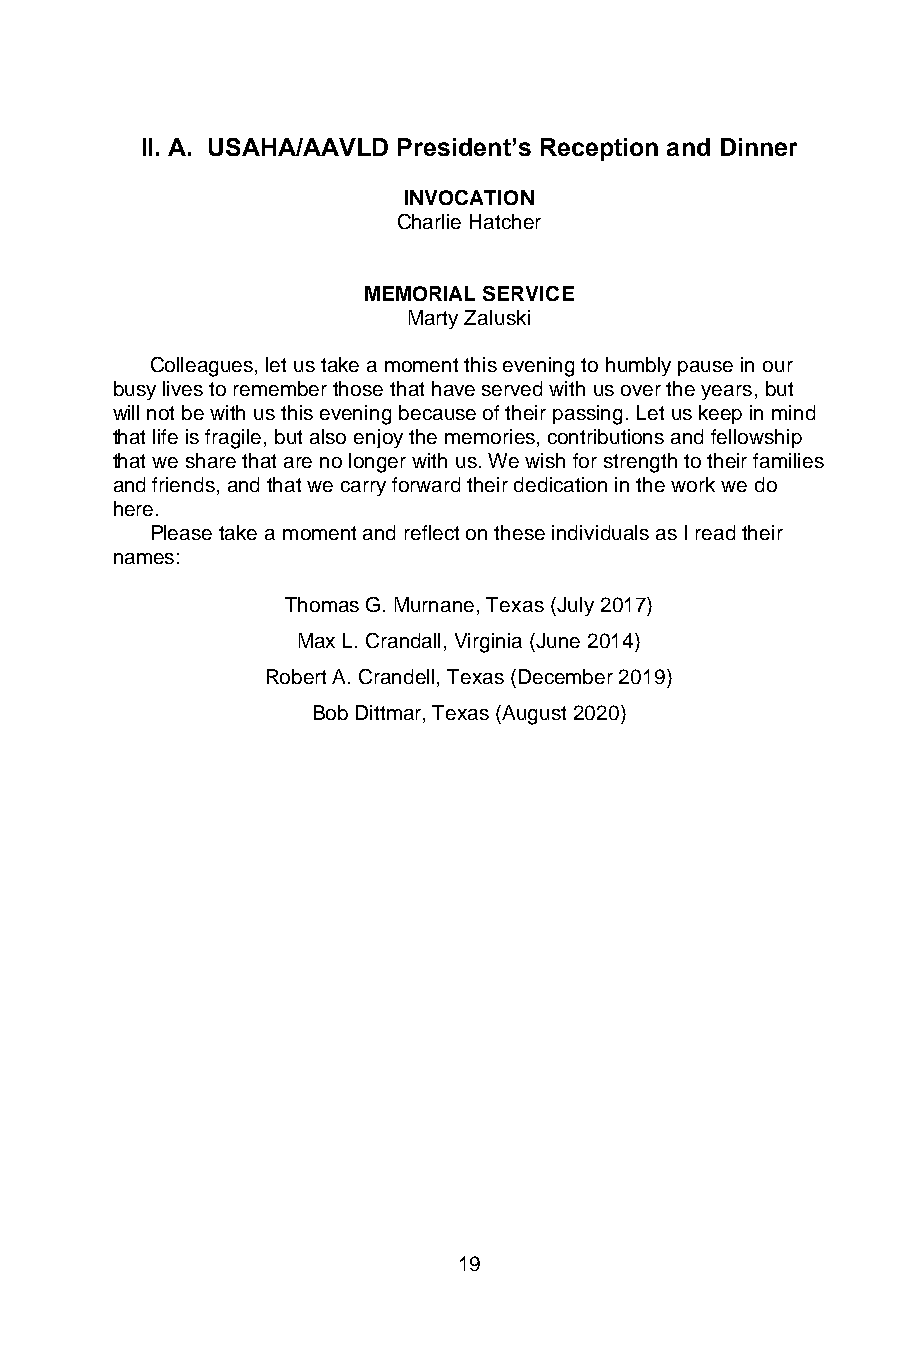
II. A. USAHA/AAVLD President’s Reception and Dinner
 INVOCATION
 Charlie Hatcher
 MEMORIAL SERVICE
 Marty Zaluski
 Colleagues, let us take a moment this evening to humbly pause in our
 busy lives to remember those that have served with us over the years, but
 will not be with us this evening because of their passing. Let us keep in mind
 that life is fragile, but also enjoy the memories, contributions and fellowship
 that we share that are no longer with us. We wish for strength to their families
 and friends, and that we carry forward their dedication in the work we do
 here.
 Please take a moment and reflect on these individuals as I read their
 names:
 Thomas G. Murnane, Texas (July 2017)
 Max L. Crandall, Virginia (June 2014)
 Robert A. Crandell, Texas (December 2019)
 Bob Dittmar, Texas (August 2020)
 19